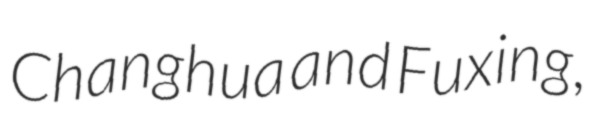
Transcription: Changhua and Fuxing,